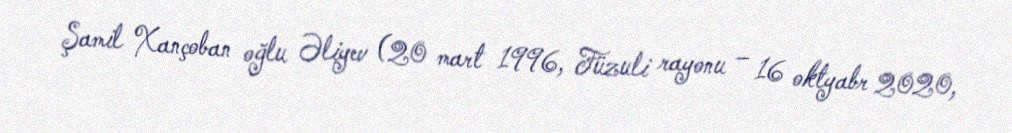
Şamil Xançoban oğlu Əliyev (20 mart 1996, Füzuli rayonu – 16 oktyabr 2020,